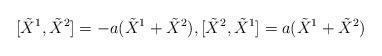
LaTeX: \begin{align*}[\tilde{X}^{1},\tilde{X}^{2}]=-a(\tilde{X}^{1}+\tilde{X}^{2}),[\tilde{X}^{2},\tilde{X}^{1}]=a(\tilde{X}^{1}+\tilde{X}^{2})\end{align*}